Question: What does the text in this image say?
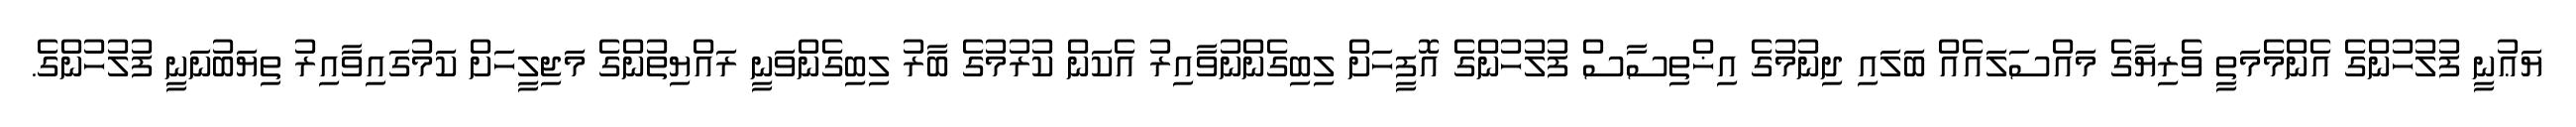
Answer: ޔަޢުނީ ފުލުހުންގެ އެންމެމަތީ ވެރިޔާގެ މައްސަލައެއް ބަލައި ދިނުމުގެ އިޚްތިސާސް ފުލުހުންގެ އޮފީހަށް ލިބިގެންނުވާއިރު އެކަން ކުރުމުގެ ބާރު ލިބިގެންވަނީ ރައްޔިތުންގެ މަޖިލީހަށް ކަމުގައިވާއިރު ތިޔަބުނަނީ ފުލުހުންގެ.